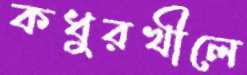
কধুরখীলে